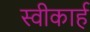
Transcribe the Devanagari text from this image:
स्वीकार्ह